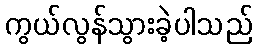
ကွယ်လွန်သွားခဲ့ပါသည်